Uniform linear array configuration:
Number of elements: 48
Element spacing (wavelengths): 0.25
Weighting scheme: hann
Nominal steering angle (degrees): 0
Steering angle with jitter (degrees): -1.262
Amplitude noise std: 0.05
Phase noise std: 0.05

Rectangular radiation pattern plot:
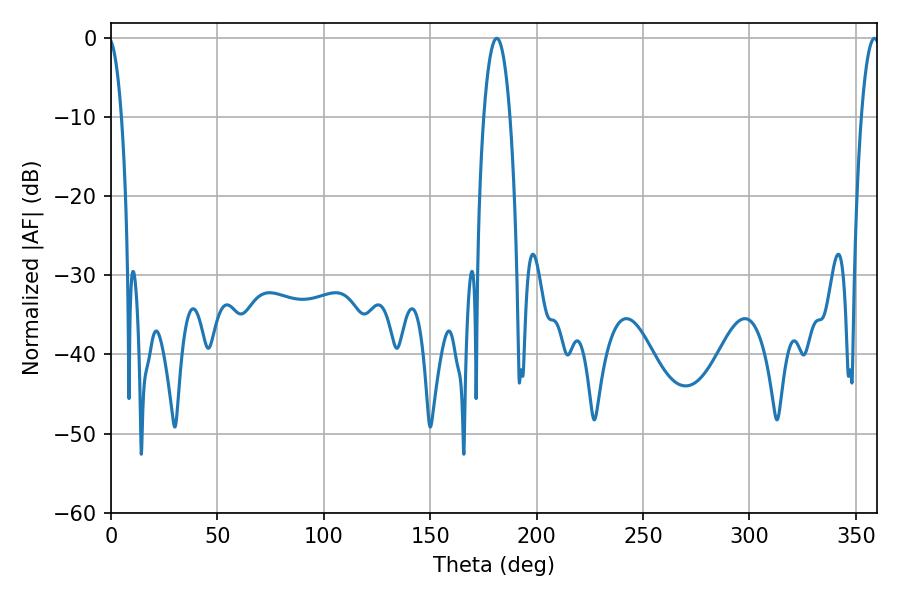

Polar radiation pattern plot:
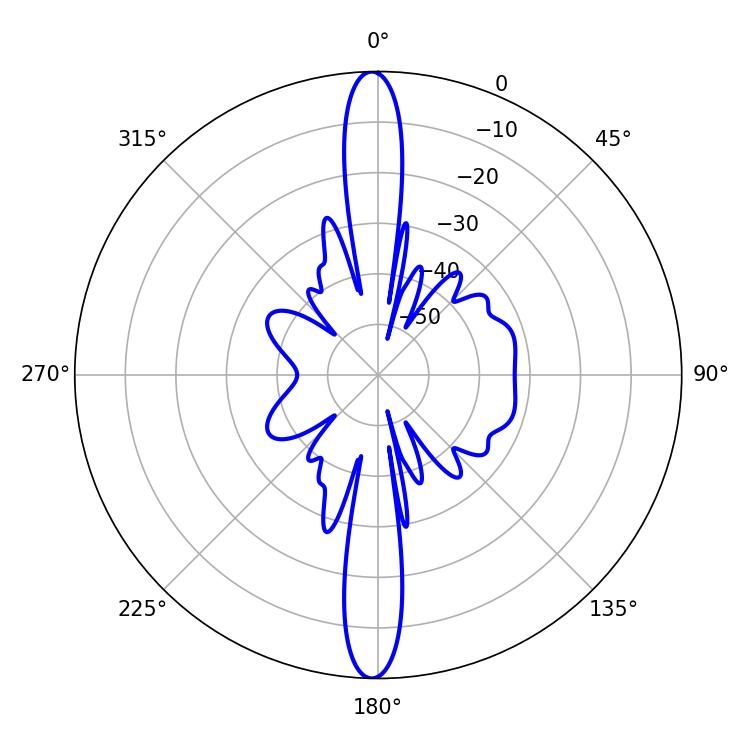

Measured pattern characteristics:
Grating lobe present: FALSE
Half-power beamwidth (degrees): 6.84
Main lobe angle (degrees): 181.26